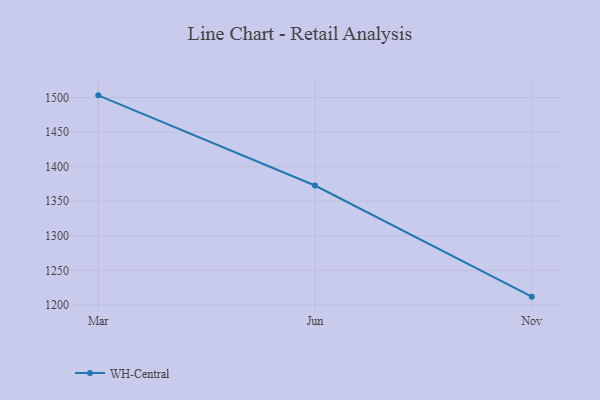
{"axis": {"x": "Month", "y": "Waste Production (Tons)"}, "legend": ["WH-Central"], "data": [{"x": "Mar", "y": 1503.1, "type": "WH-Central"}, {"x": "Jun", "y": 1372.7, "type": "WH-Central"}, {"x": "Nov", "y": 1212.0, "type": "WH-Central"}]}